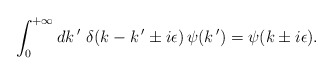
\begin{align*}\int_0^{+\infty} dk\,'\,\,\delta(k-k\,'\pm i\epsilon)\,\psi (k\,')=\psi (k \pm i\epsilon).\end{align*}